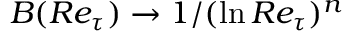
B ( R e _ { \tau } ) \rightarrow 1 / ( \ln R e _ { \tau } ) ^ { n }